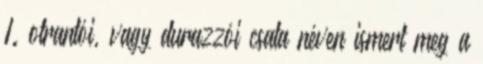
I. otrantói, vagy durazzói csata néven ismert meg a